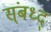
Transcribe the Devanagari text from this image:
स्ंबध्द्